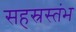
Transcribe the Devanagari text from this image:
सहस्रस्तंभ